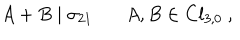
LaTeX: A + B \mid \sigma _ { 2 1 } ~ A , B \in C l _ { 3 , 0 } ~ ,